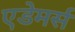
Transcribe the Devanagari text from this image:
एडेमर्स